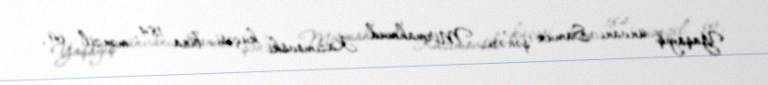
Yaşayış ünvanı: Samux şəhəri, Mirmahmud Kazımovski küçəsi, bina 184, mənzil 69,